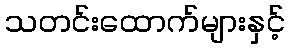
သတင်းထောက်များနှင့်